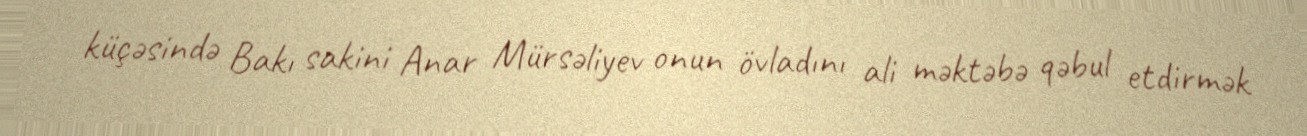
küçəsində Bakı sakini Anar Mürsəliyev onun övladını ali məktəbə qəbul etdirmək